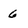
Character: 6